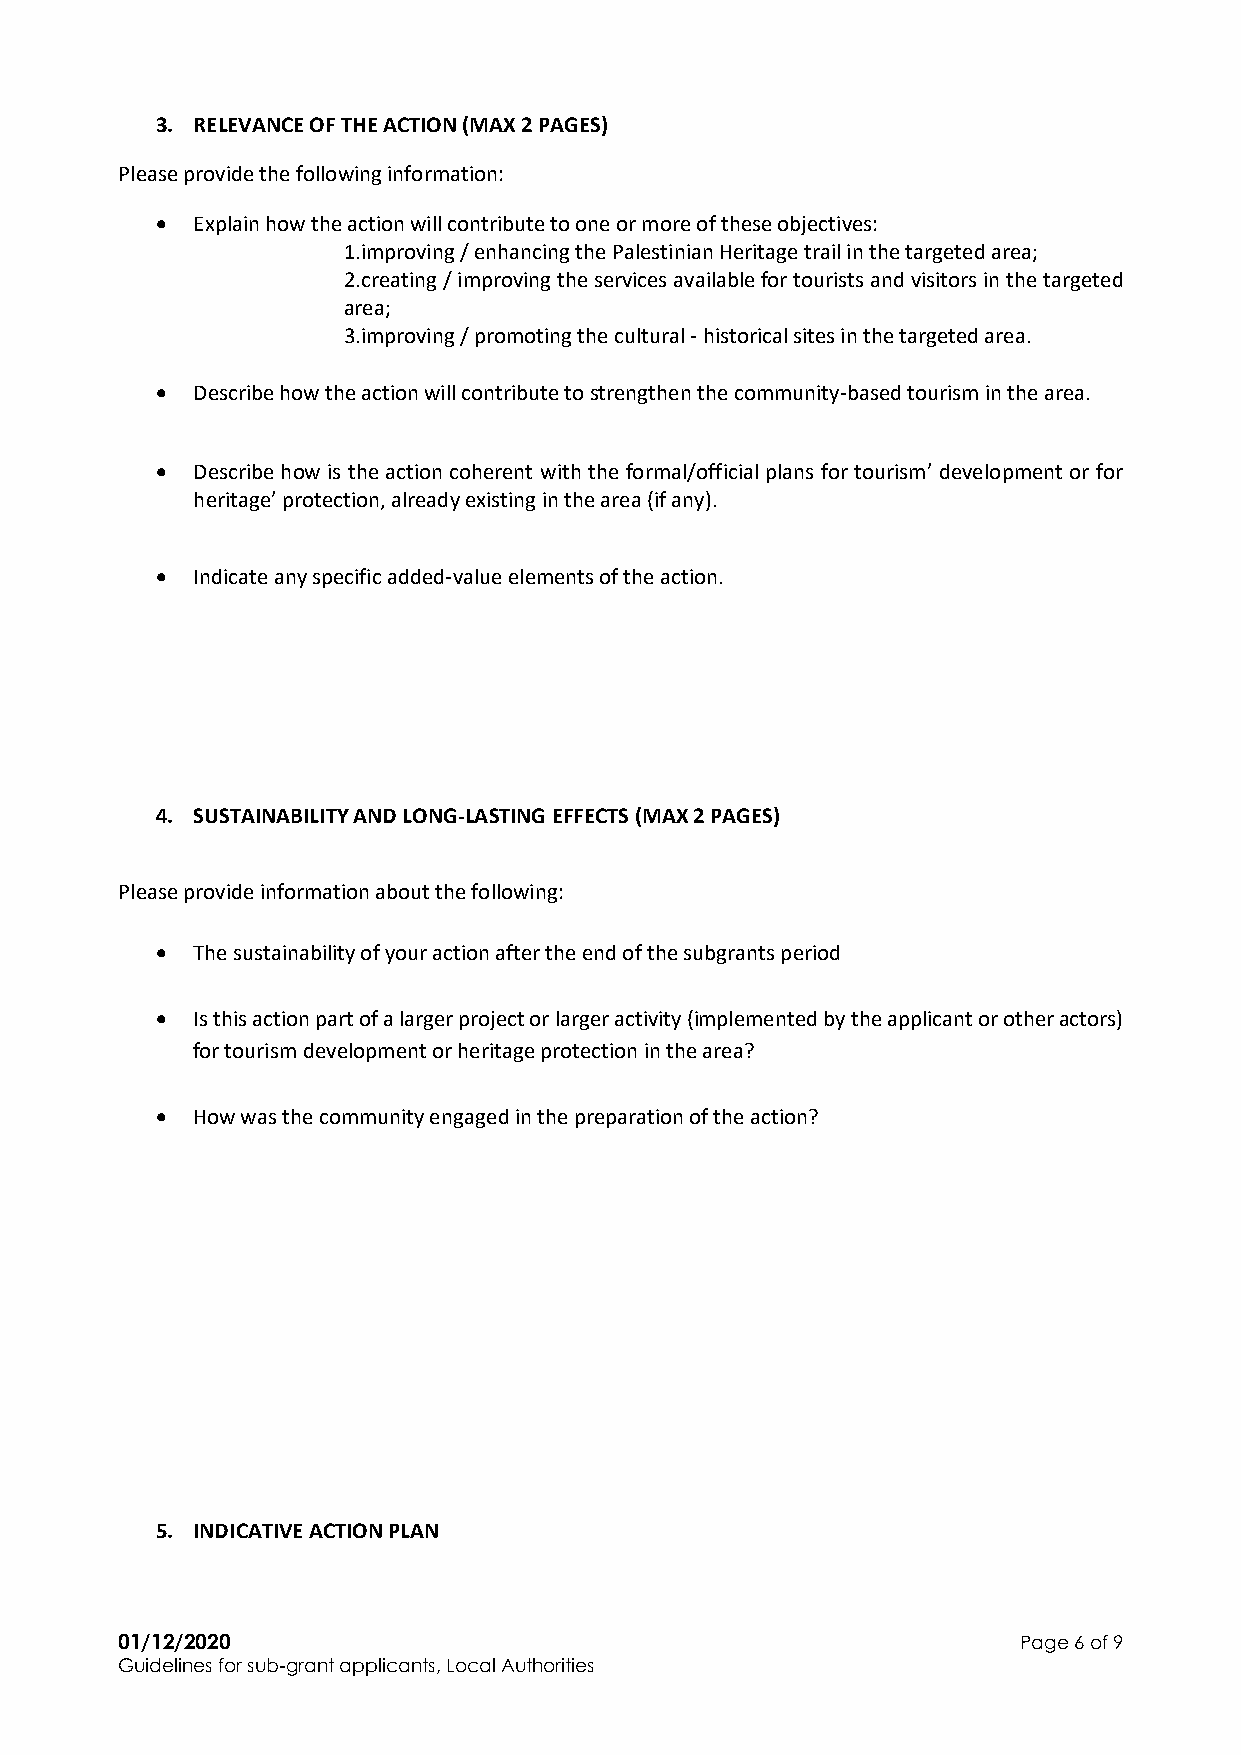
3. RELEVANCE OF THE ACTION (MAX 2 PAGES)
 Please provide the following information:
 •  Explain how the action will contribute to one or more of these objectives:
 1.improving / enhancing the Palestinian Heritage trail in the targeted area;
 2.creating / improving the services available for tourists and visitors in the targeted
 area;
 3.improving / promoting the cultural - historical sites in the targeted area.
 •  Describe how the action will contribute to strengthen the community-based tourism in the area.
 •  Describe how is the action coherent with the formal/official plans for tourism’ development or for
 heritage’ protection, already existing in the area (if any).
 •  Indicate any specific added-value elements of the action.
 4. SUSTAINABILITY AND LONG-LASTING EFFECTS (MAX 2 PAGES)
 Please provide information about the following:
 •  The sustainability of your action after the end of the subgrants period
 •  Is this action part of a larger project or larger activity (implemented by the applicant or other actors)
 for tourism development or heritage protection in the area?
 •  How was the community engaged in the preparation of the action?
 5. INDICATIVE ACTION PLAN
 01/12/2020                                                  Page 6 of 9
 Guidelines for sub-grant applicants, Local Authorities